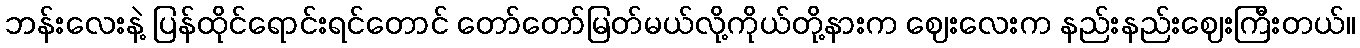
ဘန်းလေးနဲ့ ပြန်ထိုင်ရောင်းရင်တောင် တော်တော်မြတ်မယ်လို့ကိုယ်တို့နားက ဈေးလေးက နည်းနည်းဈေးကြီးတယ်။